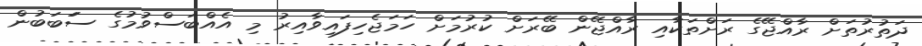
ދަތުރުތަށް ރާއްޖޭގެ ރަށްތަކާއި ރާއްޖޭން ބޭރަށް ކުރުމަށް ހަމަޖެހިފައިވާއިރު މި އެއްބަސްވުމުގެ ސަަބަބުން